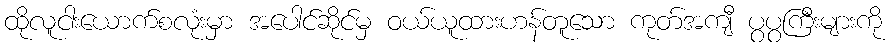
ထိုလူငါးယောက်စလုံးမှာ အပေါင်ဆိုင်မှ ဝယ်ယူထားဟန်တူသော ကုတ်အကျီ ပွပွကြီးများကို